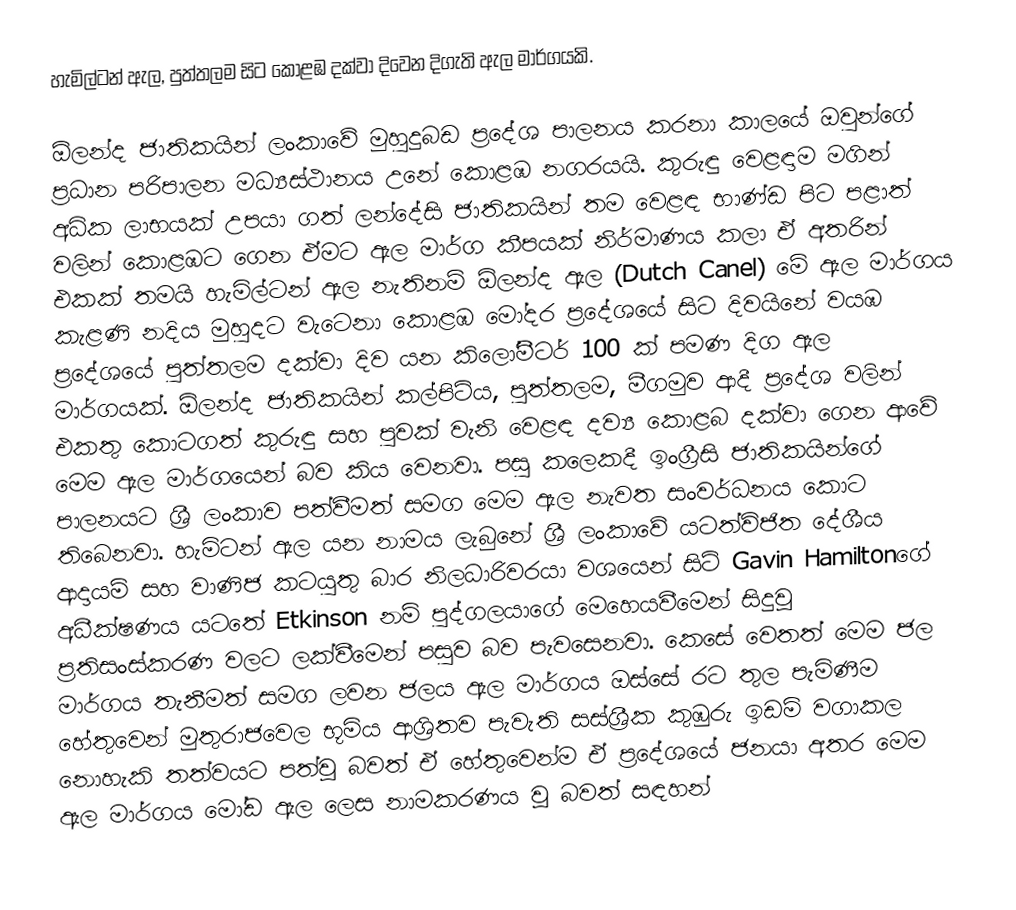
හැමිල්ටන් ඇල, පුත්තලම සිට කොළඹ දක්වා දිවෙන  දිගැති ඇල මාර්ගයකි.

ඕලන්ද ජාතිකයින් ලංකාවේ මුහුදුබඩ ප්‍රදේශ පාලනය කරනා කාලයේ ඔවුන්ගේ ප්‍රධාන පරිපාලන මධ්‍යස්ථානය උනේ කොළඹ නගරයයි. කුරුඳු වෙළඳාම මගින් අධික ලාභයක් උපයා ගත් ලන්දේසි ජාතිකයින් තම වෙළඳ භාණ්ඩ පිට පළාත් වලින් කොළඹට ගෙන ඒමට ඇල මාර්ග කීපයක් නිර්මාණය කලා ඒ අතරින් එකක් තමයි හැමිල්ටන් ඇල නැතිනම් ඕලන්ද ඇල (Dutch Canel) මේ ඇල මාර්ගය කැළණි නදිය මුහුදට වැටෙනා කොළඹ මෝදර ප්‍රදේශයේ සිට දිවයිනේ වයඹ ප්‍රදේශයේ පුත්තලම දක්වා දිව යන කිලෝමීටර් 100 ක් පමණ දිග ඇල මාර්ගයක්. ඕලන්ද ජාතිකයින් කල්පිටිය, පුත්තලම, මීගමුව ආදී ප්‍රදේශ වලින් එකතු කොටගත් කුරුඳු සහ පුවක් වැනි වෙළඳ දව්‍ය කොළබ දක්වා ගෙන ආවේ මෙම ඇල මාර්ගයෙන් බව කිය වෙනවා. පසු කලෙකදී ඉංග්‍රීසි ජාතිකයින්ගේ පාලනයට ශ්‍රී ලංකාව පත්වීමත් සමග මෙම ඇල නැවත සංවර්ධනය කොට තිබෙනවා. හැමිටන් ඇල යන නාමය ලැබුනේ ශ්‍රී ලංකාවේ යටත්විජිත දේශීය ආදායම් සහ වාණිජ කටයුතු බාර නිලධාරිවරයා වශයෙන් සිටි Gavin Hamiltonගේ අධීක්ෂණය යටතේ Etkinson නම් පුද්ගලයාගේ මෙහෙයවීමෙන් සිදුවූ ප්‍රතිසංස්කරණ වලට ලක්වීමෙන් පසුව බව පැවසෙනවා. කෙසේ වෙතත් මෙම ජල මාර්ගය තැනීමත් සමග ලවන ජලය ඇල මාර්ගය ඔස්සේ රට තුල පැමිණීම හේතුවෙන් මුතුරාජවෙල භූමිය ආශ්‍රිතව පැවැති සස්ශ්‍රීක කුඹුරු ඉඩම් වගාකල නොහැකි තත්වයට පත්වූ බවත් ඒ හේතුවෙන්ම ඒ ප්‍රදේශයේ ජනයා අතර මෙම ඇල මාර්ගය මෝඩ ඇල ලෙස නාමකරණය වූ බවත් සඳහන්